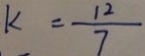
k = \frac { 1 2 } { 7 }